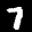
Label: 7